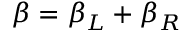
\beta = \beta _ { L } + \beta _ { R }